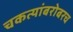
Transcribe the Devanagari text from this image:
चकत्यांबरोबरच